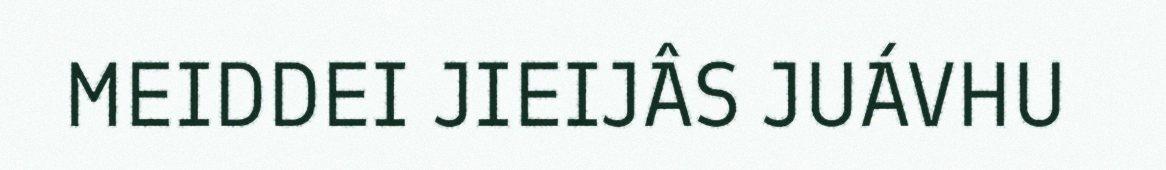
MEIDDEI JIEIJÂS JUÁVHU